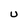
Character: U